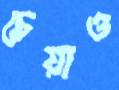
চেয়াও